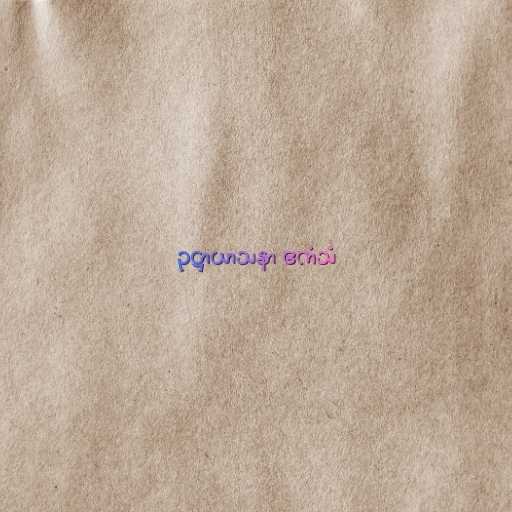
ဥဋ္ဌာယာသနာ ဧကံသံ